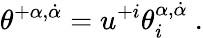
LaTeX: \theta^{+\alpha,\dot{\alpha}}=u^{+i}\theta_{i}^{\alpha,\dot{\alpha}}\ .